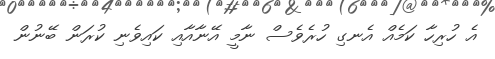
އެ ހުރިހާ ކަމެއް އެނގި ހުރެވެސް ނާމީ އޭނާއާއި ކައިވެނި ކުރަން ބޭނުން